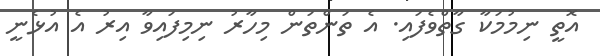
އޮތީ ނިމުމަކާ ގާތްވެފައި. އެ ތަންތަން މިހާރު ނިމިފައިވާ އިރު އެ އުޅެނީ